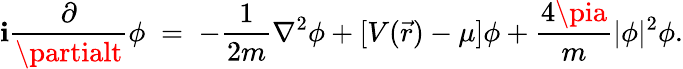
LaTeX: \mathbf{i}{\frac{{\partial}}{{\partialt}}}\phi\; =\; -{\frac{{1}}{{2m}}}\nabla^{2}\phi+[V(\vec{{r}})-\mu]\phi+{\frac{{4\pia}}{{m}}}|\phi|^{2}\phi.